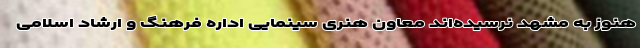
هنوز به مشهد نرسیده‌اند معاون هنری سینمایی اداره فرهنگ و ارشاد اسلامی